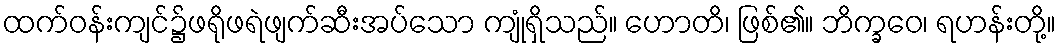
ထက်ဝန်းကျင်၌ဖရိုဖရဲဖျက်ဆီးအပ်သော ကျုံရှိသည်။ ဟောတိ၊ ဖြစ်၏။ ဘိက္ခဝေ၊ ရဟန်းတို့။